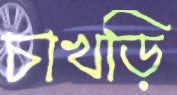
চাখড়ি